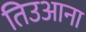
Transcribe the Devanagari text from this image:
तिउआना